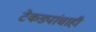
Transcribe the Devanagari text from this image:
टेकड्यांचाही